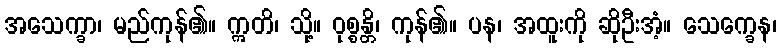
အသေက္ခာ၊ မည်ကုန်၏။ ဣတိ၊ သို့။ ဝုစ္စန္တိ၊ ကုန်၏။ ပန၊ အထူးကို ဆိုဦးအံ့။ သေက္ခေန၊